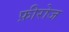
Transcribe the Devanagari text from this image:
फ़ीरोज